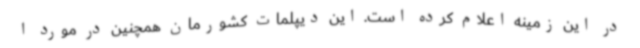
در این زمینه اعلام کرده است. این دیپلمات کشورمان همچنین در مورد ا